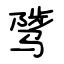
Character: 骘